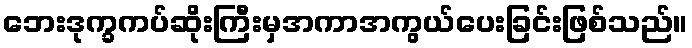
ဘေးဒုက္ခကပ်ဆိုးကြီးမှအကာအကွယ်ပေးခြင်းဖြစ်သည်။